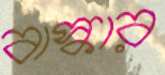
বাস্কার